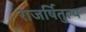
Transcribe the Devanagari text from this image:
राजर्षितुल्य